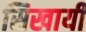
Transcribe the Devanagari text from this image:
सिखायीं